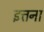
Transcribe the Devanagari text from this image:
इत्तना